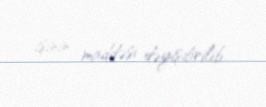
işinin maddəsi dəyişdirilib.